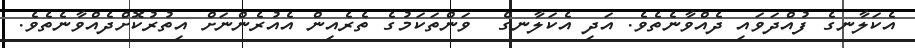
އެކަލާނގެ ފުއްދަވައި ދެއްވާނެތެވެ. އަދި އެކަލާނގެ  ވަންތަކަމުގެ ތެރެއިން އެއުރެންނަށް އިތުރުކޮށްދެއްވާނެތެވެ.